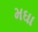
મઘા